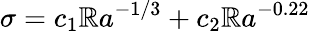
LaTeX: \sigma=c_{1}\mathbb{R}a^{-1/3}+c_{2}\mathbb{R}a^{-0.22}